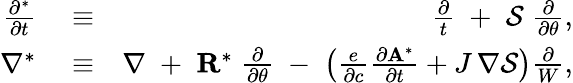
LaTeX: \begin{array}{rlr}{\frac{\partial^{*}}{\partial t}}&{{}\equiv}&{\frac{\partial}{t}\; +\; {\cal S}\; \frac{\partial}{\partial\theta},}\\ {\nabla^{*}}&{{}\equiv}&{\nabla\; +\; {\mathbf R}^{*}\; \frac{\partial}{\partial\theta}\; -\; \left(\frac{e}{\partial c}\frac{\partial{\mathbf A}^{*}}{\partial t}+J\, \nabla{\cal S}\right)\frac{\partial}{W},}\end{array}